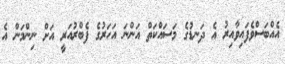
އެއްބަސްވެފައިވާއިރު އެ ދަނޑުގެ މަސައްކަތް އަންނަ އަހަރުގެ ފެބްރުއަރީ އަށް ނިންމަން އެ